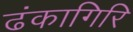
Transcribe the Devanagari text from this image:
ढंकागिरि